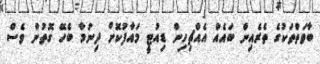
ބާވަތްތަކުގެ ތެރެއިން ބައެއް އެއްޗިހިން ޑިއުޓީ މައާފުކޮށް ދިނުމާ ބެހޭ ގޮތުން ވެސް